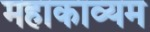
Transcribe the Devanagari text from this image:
महाकाव्यम